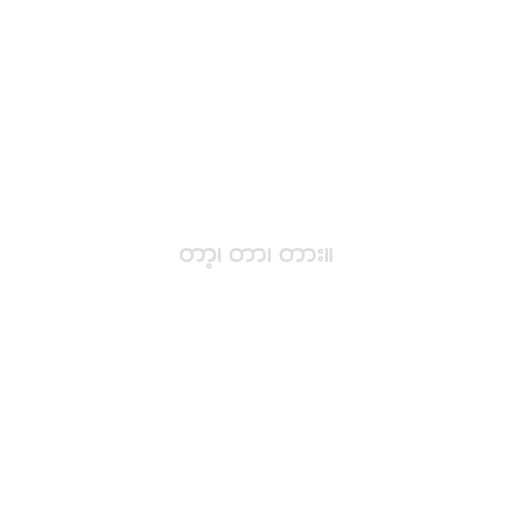
တာ့၊ တာ၊ တား။